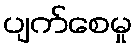
ပျက်စေမှု